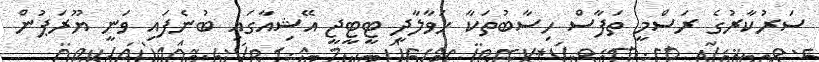
ސަރުކާރުގެ ރަސްމީ ތަފާސް ހިސާބުތަކާ ހަވާލާދީ ޓީޓީޖީ އޭޝިއާގައި ބުނެފައި ވަނީ ޔޫރަޕުން